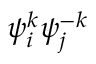
{ \psi } _ { i } ^ { k } { \psi } _ { j } ^ { - k }